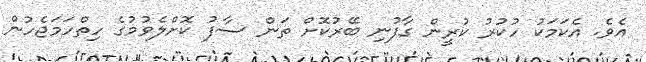
އެވެ. އެކަމަކު ހުކުރު ކުރީން ގާފުނި ބޭރުކޮށް ތަން ސާފު ކޮށްލެވުމުގެ ހިތްހަމަޖެހުން